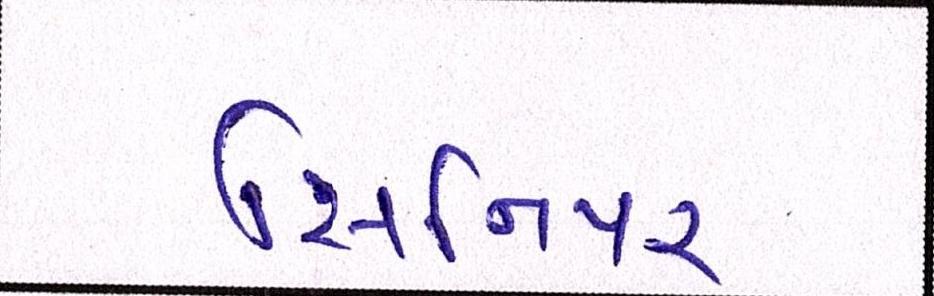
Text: સિનિયર